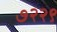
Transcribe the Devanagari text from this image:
७२२९